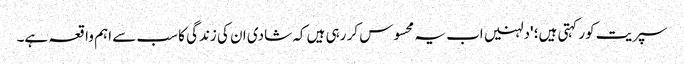
سپریت کور کہتی ہیں؛ 'دلہنیں اب یہ محسوس کر رہی ہیں کہ شادی ان کی زندگی کا سب سے اہم واقعہ ہے۔